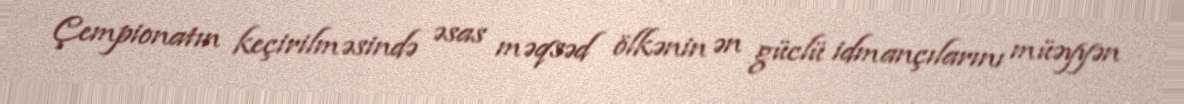
Çempionatın keçirilməsində əsas məqsəd ölkənin ən güclü idmançılarını müəyyən